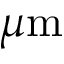
\mu \mathrm { m }